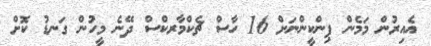
އެއިރުން މަމެން ޕިންކީންނަށް 16 ހާސް ޗެކްމާރކްސް ދޭނެ މީހުން ގަނޑު ކޮށް